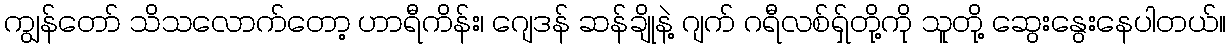
ကျွန်တော် သိသလောက်တော့ ဟာရီကိန်း၊ ဂျေဒန် ဆန်ချိုနဲ့ ဂျက် ဂရီလစ်ရှ်တို့ကို သူတို့ ဆွေးနွေးနေပါတယ်။